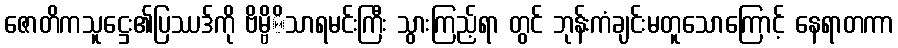
ဇောတိကသူဋ္ဌေး၏ပြဿဒ်ကို ဗိမ္ဗိိသာရမင်းကြီး သွားကြည့်ရာ တွင် ဘုန်းကံချင်းမတူသောကြောင့် နေရာတကာ